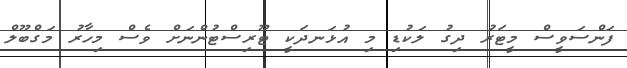
ފަންސަވީސް މީޓަރު ދިގު ލަކުޑި މި އުޅަނދަކީ ޓޫރިސްޓުންނަށް ވެސް މިހާރު މަގްބޫލް